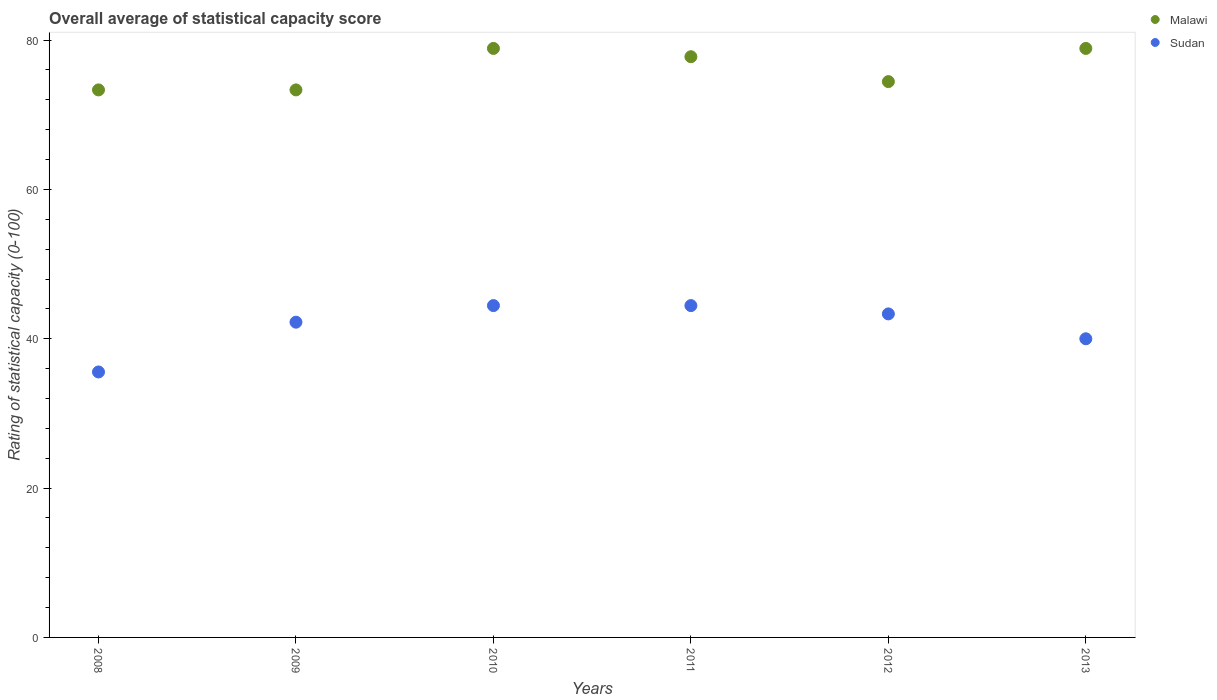
| Years | Malawi | Sudan |
 | --- | --- | --- |
 | 2008 | 73.3 | 35.6 |
 | 2009 | 73.3 | 42.2 |
 | 2010 | 78.9 | 44.4 |
 | 2011 | 77.8 | 44.4 |
 | 2012 | 74.4 | 43.3 |
 | 2013 | 78.9 | 40 |